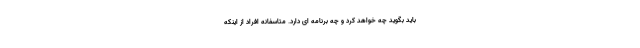
باید بگوید چه خواهد کرد و چه برنامه ای دارد. متاسفانه افراد از اینکه